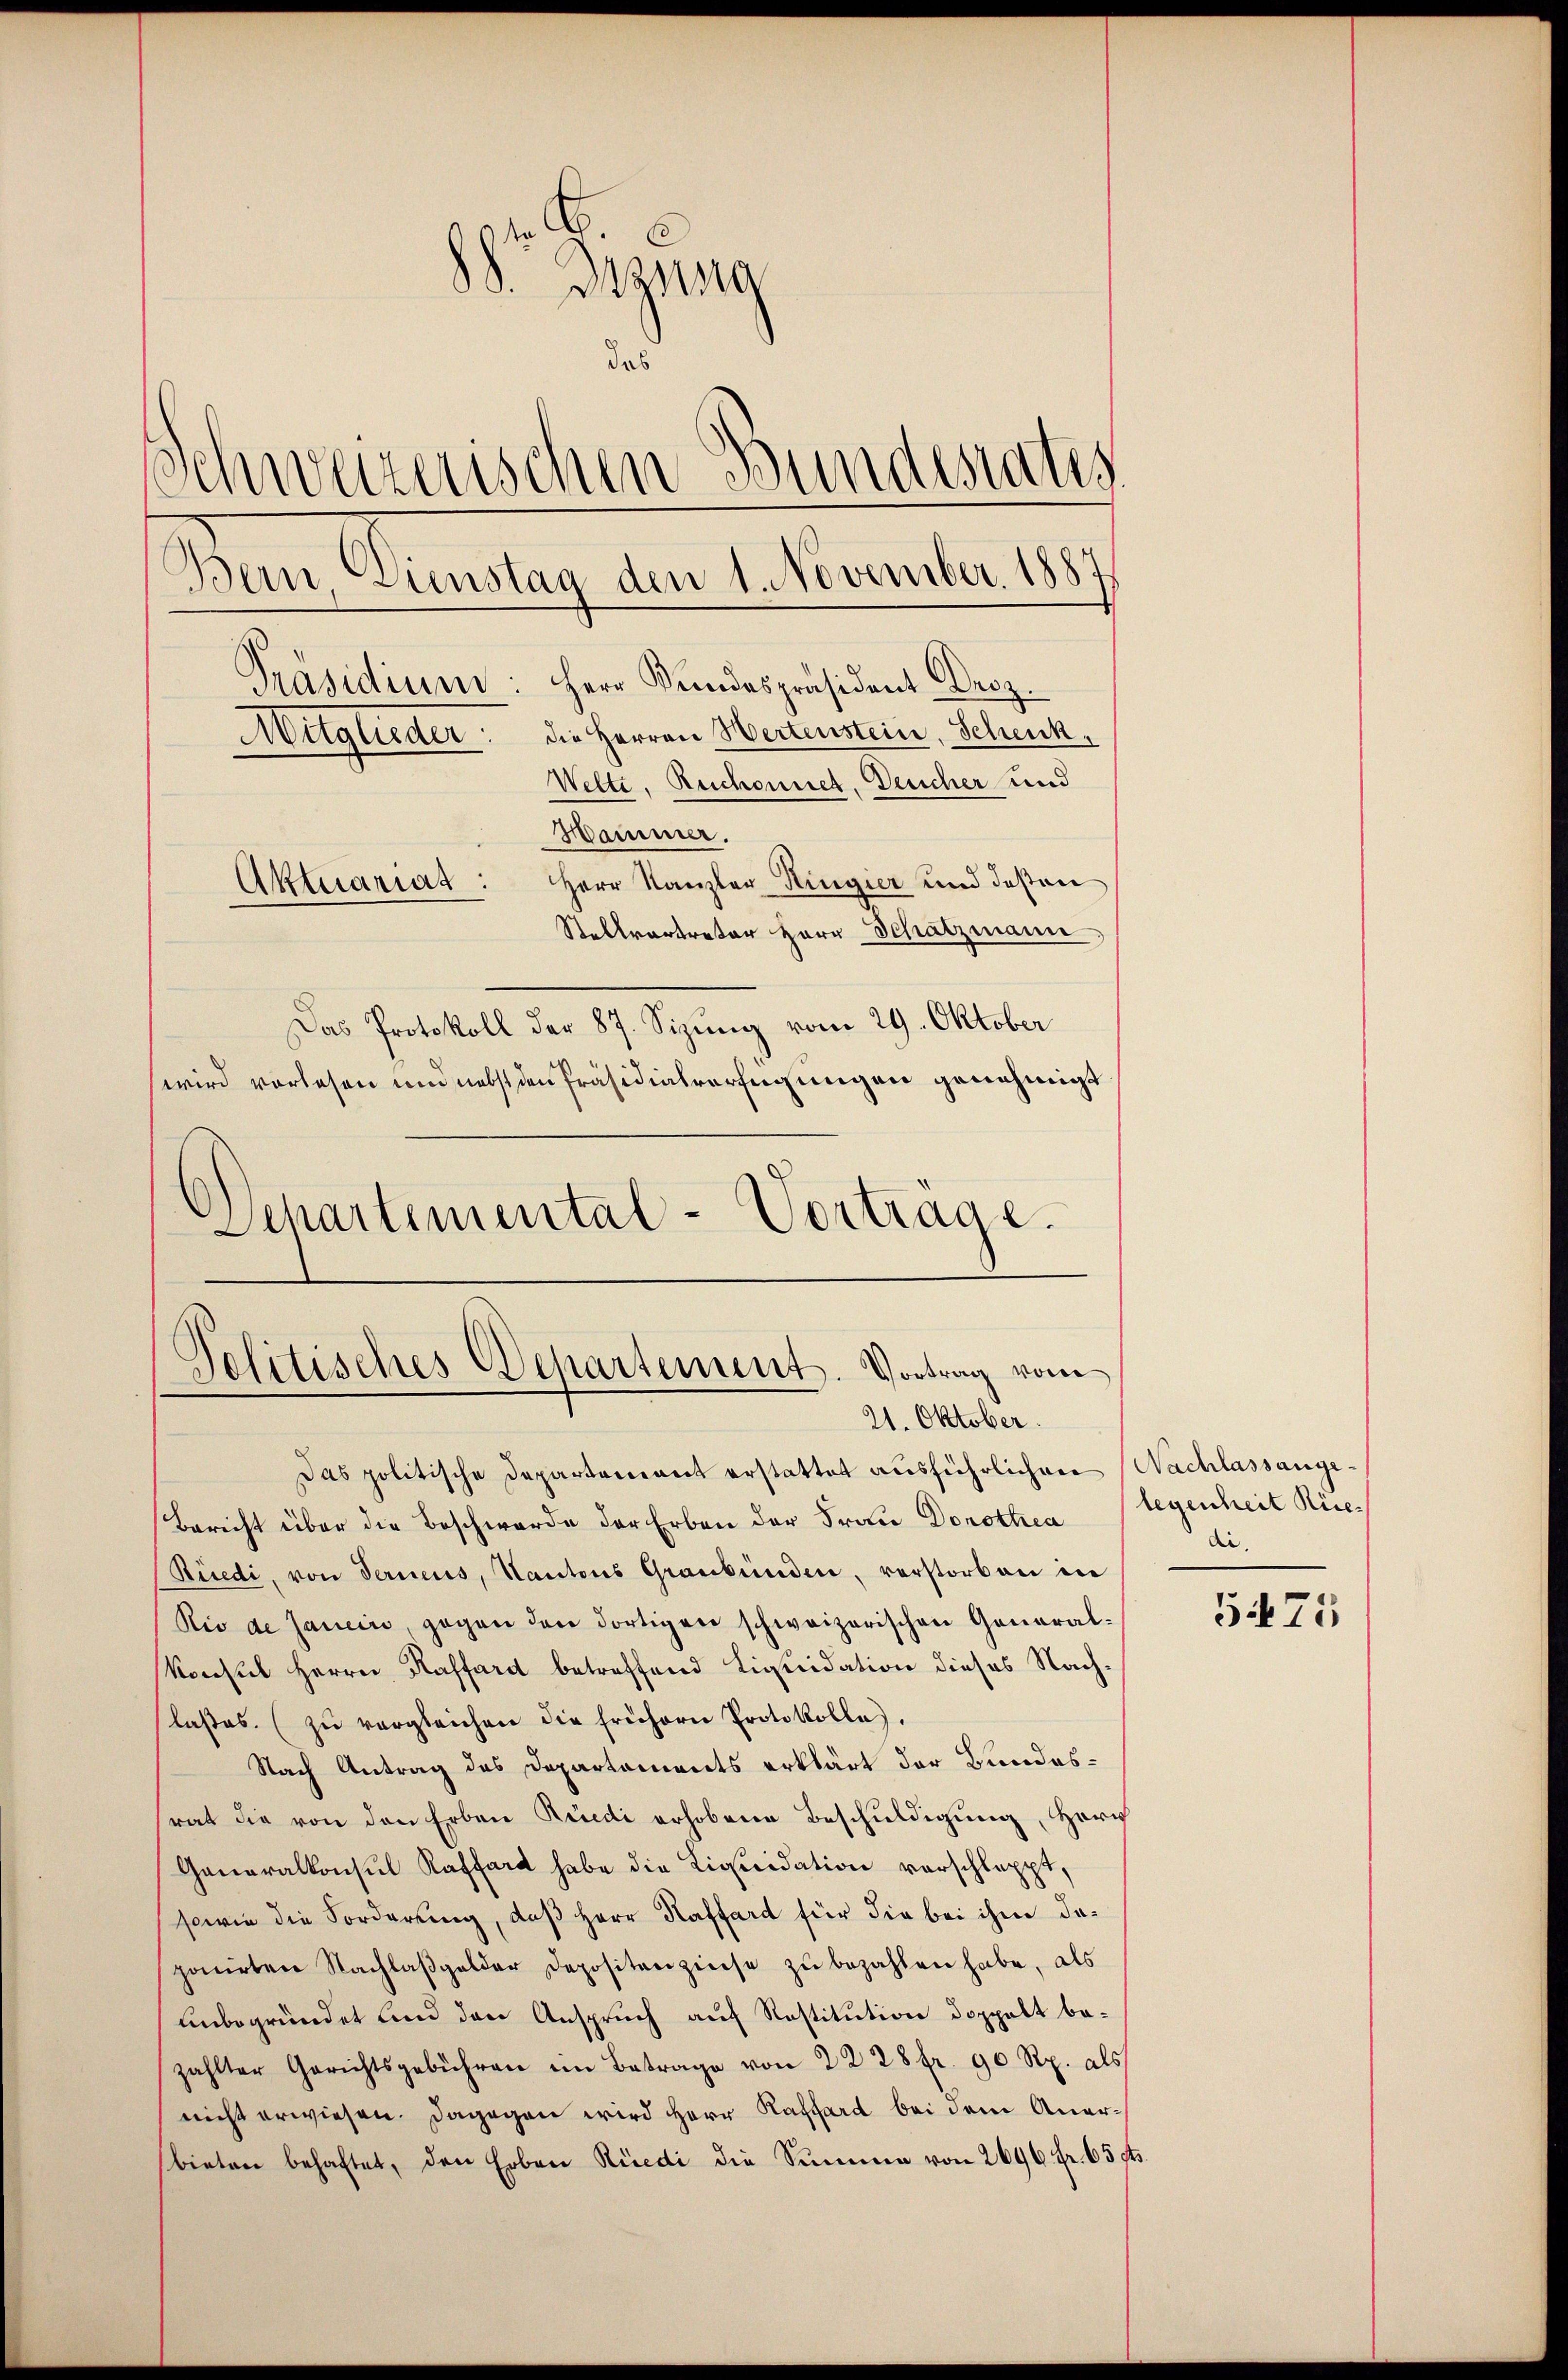
88. Digung
das
Schweizerischen Bundesrates
die Herren Wertenstein. Schenk¬
Mitglieder
Welte, Reichonnet, Deucher und
Hammer.
Aktuariat: Herr Kanzler Ringier und deßen
Stellvertreter Herr Schatzmann
Das Protokoll der 87. Sizung vom 29. Oktober
wird vorlesen und nebst den Präsidialverfügungen genehmigt
Schartemental-Vortrage.

Pelitisches Departement. Vortrag vom
21. Oktober.

Bern, Dienstag den 1. November 1883
Präsidium: Herr Bundespräsident Droz.

Das politische Departenant erstattet ausführlichen Nachlassange¬
Bericht über die Beschwerde der Erben der Frau Dorothea
Rüedi, von Terneus, Kantons Graubünden, verstorben in
Rio de Janein, gegen den dortigen schweizerischen General¬
Konsul Herrn Kaffard betreffend Liquidation dieses Nach-
laβes. zŭ vergleichen die frühern Protokolle.
Nach Antrag des Departaments erklärt der Bundesrat die von den Erben Rüedi erhobene Beschuldigung, Herr
Generalkonsul Kaffart habe die Liquidation vorschlappt,
sowie die Forderung, daß Herr Kaffard für die bei ihm dasponirten Nachlaβgelder Depositenzinse zŭ bezahlen habe, als
Unbegründet und den Anspruch auf Restitution doppelt bezahlter Gerichtsgebühren im Betrage von 22 28 fr. 90 Rp. als
nicht erwiesen. Dagegen wird Herr Raffard bei dem Anerbieten behaftet, den Erben Rüedi die Summe von 2696 fr. 65 ff.

legenheit Riedie.

5475